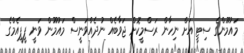
މައުމޫންގެ ސިޓީ އަށް ނިހާން ރަސްމީކޮށް ޖަވާބެއް ނުދެއްވަނީސް މައުމޫން ވަނީ ޕީޕީއެމްގެ